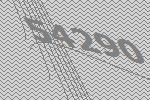
54290